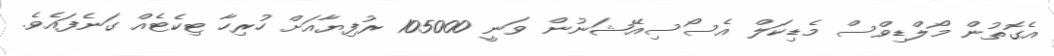
އެގޮތުން މޯލްޑިވްސް މެޑިކަލް އެސޯސިއޭޝަނުން ވަނީ 105000 ރުފިޔާއަށް ހުރިހާ ޓިކެޓެއް ގަނެފައެވެ.